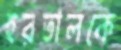
হরতালকে